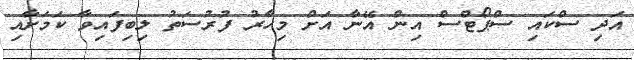
އަދި ސްކައި ސްޕޯޓްސް އިން އޭނާ އަށް މިހާރު ފުރުސަތު ލިބިފައިވާ ކަމަށާއި